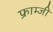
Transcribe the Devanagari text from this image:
फ्राम्जी